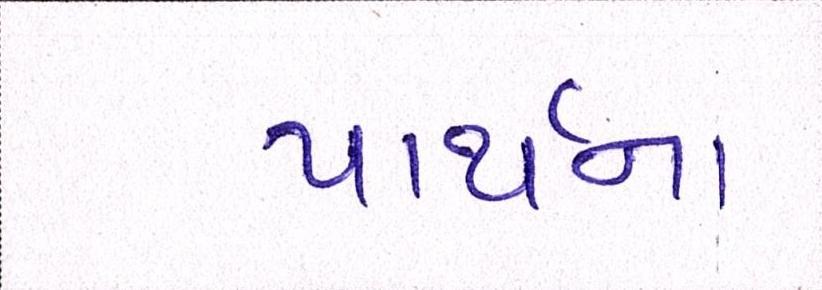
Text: પાર્થના